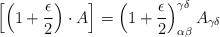
LaTeX: \begin{align*}\left[\left( 1 + \frac{\epsilon}{2}\right) \cdot A \right] =\left( 1 + \frac{\epsilon}{2}\right)_{\alpha \beta}^{\gamma \delta} A_{\gamma \delta}\end{align*}